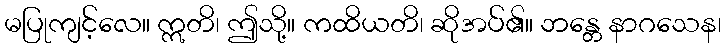
မပြုကျင့်လေ။ ဣတိ၊ ဤသို့။ ကထိယတိ၊ ဆိုအပ်၏။ ဘန္တေ နာဂသေန၊